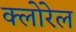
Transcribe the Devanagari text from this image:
क्लोरेल